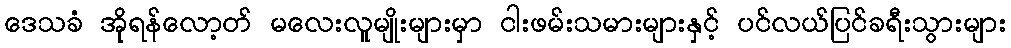
ဒေသခံ အိုရန်လော့တ် မလေးလူမျိုးများမှာ ငါးဖမ်းသမားများနှင့် ပင်လယ်ပြင်ခရီးသွားများ